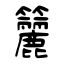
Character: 籭